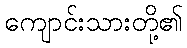
ကျောင်းသားတို့၏